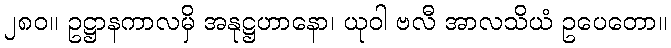
၂၈၀။ ဥဋ္ဌာနကာလမှိ အနုဋ္ဌဟာနော၊ ယုဝါ ဗလီ အာလသိယံ ဥပေတော။